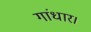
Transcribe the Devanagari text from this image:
गांधार।